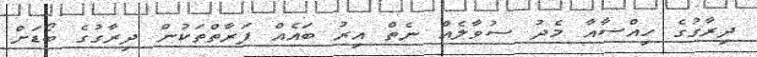
ދިރާގުގެ ހިއްސާއާ މެދު ސުވާލެއް ނެތް އިރު ބައެއް ފަރާތްތަކުން ދިރާގުގެ ބޯޑަށް